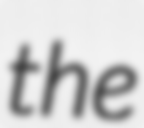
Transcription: the